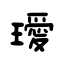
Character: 璦